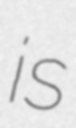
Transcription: is